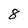
Character: 8